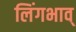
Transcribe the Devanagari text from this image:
लिंगभाव्